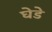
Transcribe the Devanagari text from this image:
घेडे